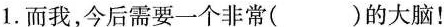
1.而我，今后需要一个非常( )的大脑！